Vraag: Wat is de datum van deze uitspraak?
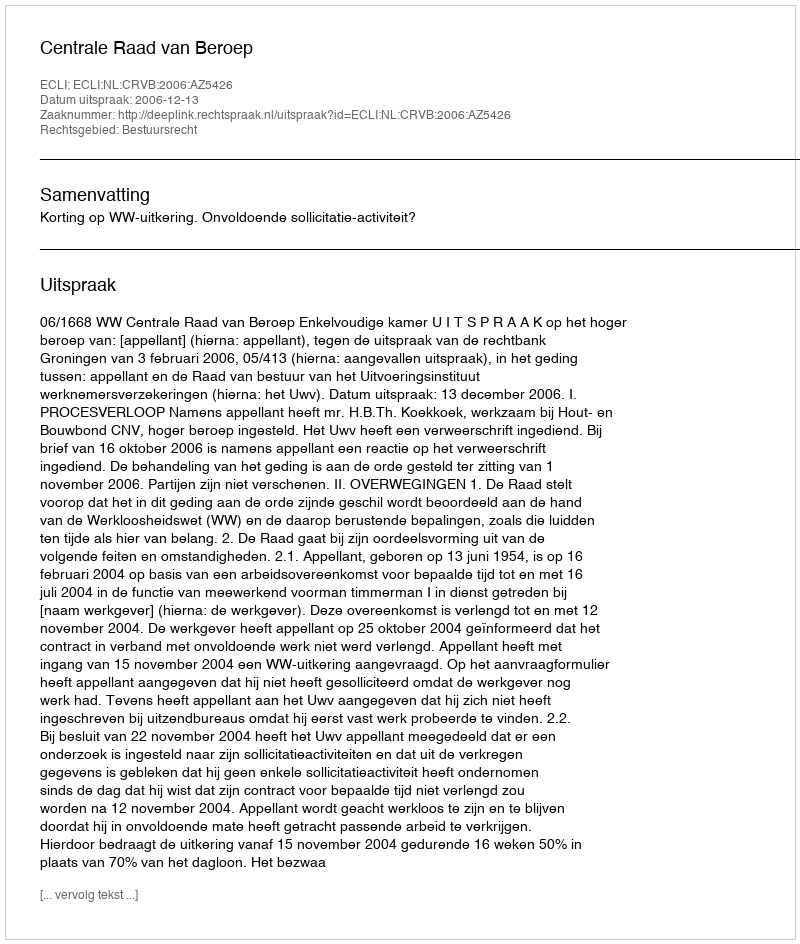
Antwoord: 2006-12-13